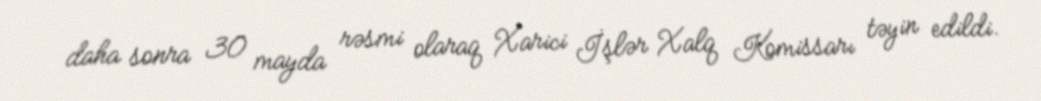
daha sonra 30 mayda rəsmi olaraq Xarici İşlər Xalq Komissarı təyin edildi.